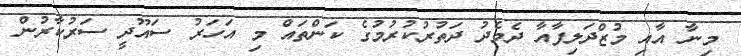
މިނާ އާއި މުޒްދަލިފާއާ ދެމެދު ދަތުރުކުރުމުގެ ކަންތައް މި އަހަރު ސައޫދީ ސަރުކާރުން